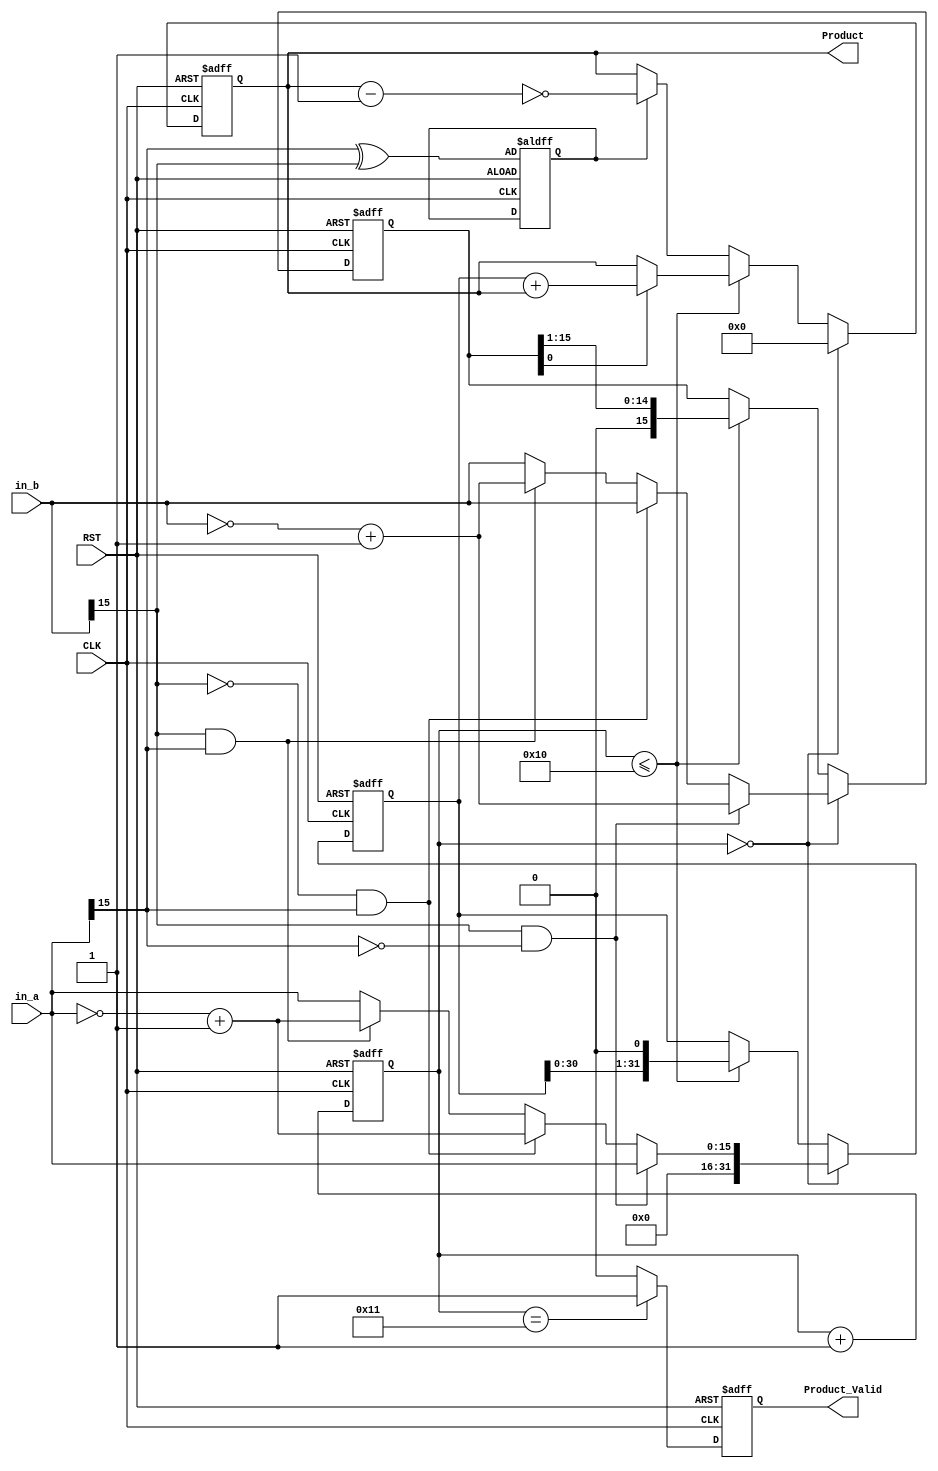
//(1ns)(1ps)
`timescale 1ns/1ps

//module,
module lab(
	CLK, 
	RST, 
	in_a, 
	in_b, 
	Product, 
	Product_Valid
);
// in_a * in_b = Product
// in_a is Multiplicand , in_b is Multiplier
					
//port, input, output
input 			CLK, RST;		//[15:0]  
input 	[15:0]	in_a;			// Multiplicand
input 	[15:0]	in_b;			// Multiplier
output 	[31:0]  Product;
output  		Product_Valid;

reg 	[31:0]	Mplicand;		//
reg 	[15:0]	Mplier;			//
reg 	[31:0]	Product;
reg 			Product_Valid;
reg 	[5:0]	Counter ;
reg				sign;			// (signed)

//Counter
always @(posedge CLK or posedge RST)  //always  while   always  posedge 01 nagadge 10
begin
	if(RST)//if RST is 1 
		Counter <= 6'b0;
	else
		Counter <= Counter + 6'b1;

end

//Product
always @(posedge CLK or posedge RST)
begin
	//
	if(RST) begin
		Product  <= 31'b0;
		Mplicand <= 31'b0;
		Mplier   <= 16'b0;
		/*
			
			write your code here
		*/
		sign <= (in_a[15]) ^ (in_b[15]);
		

	end 
	//
	else if(Counter == 6'd0) begin  // 66bit 'd10  00 6'd9 = 001001
		Product	 	<= 31'b0; //b2
		//

		/*
			(in_a)
			(in_b)
			
			write your code here
		*/

		if ((in_b[15] == 1) && (in_a[15] == 0) )begin
			Mplicand 	<= {16'b0,in_a}; 
			Mplier 		<= ~in_b + 1'b1; //+1
		end
		else if ( (in_b[15] == 0) && (in_a[15] == 1) )begin
			Mplicand 	<= {16'b0,~in_a + 1'b1} ;//+1		
			Mplier	 	<= in_b;
		end
		else if ( (in_b[15] == 1) && (in_a[15] == 1) ) begin
			Mplicand 	<= {16'b0,~in_a + 1'b1};//+1	
			Mplier	    <= ~in_b + 1'b1; //+1
		end
		else begin
			Mplicand 	<= {16'b0,in_a}; // 0 in_a
			Mplier	 	<= in_b;
		end

	
		
		
	end 
	//
	else if(Counter <=6'd16) //16
	begin
		if(Mplier[0] == 1'b1) 	
			Product 	<= Mplicand + Product;
		
		//sign(Product)
		//write your code here	

	
		Mplicand 	<= Mplicand << 1'b1; //shf
		Mplier 		<= Mplier >> 1'b1; // //shf
		

		
	end 
	else begin
		if (sign == 1'b1 ) 
			Product <= ~(Product-1'b1)  ;
		else 
			Product <= Product  ;
			
		Mplicand	<= Mplicand;
		Mplier 		<= Mplier;
	end
end

//Product_Valid
always @(posedge CLK or posedge RST)
begin
	if(RST)
		Product_Valid <=1'b0;
	else if(Counter==6'd17)
		Product_Valid <=1'b1;
	else
		Product_Valid <=1'b0;
end

endmodule